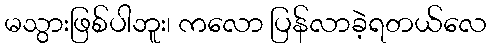
မသွားဖြစ်ပါဘူး၊ ကလော ပြန်လာခဲ့ရတယ်လေ